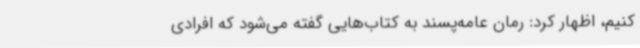
کنیم، اظهار کرد: رمان عامه‌پسند به کتاب‌هایی گفته می‌شود که افرادی